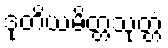
ဒုတိယမိတ္တသုတ္တံ